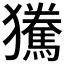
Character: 𰡫